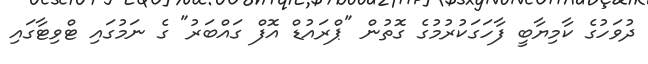
ދުވަހުގެ ކާމިޔާބީ ފާހަގަކުރުމުގެ ގޮތުން "ޕްރައުޑް އޮފް ގައްބަރު" ގެ ނަމުގައި ޓްވިޓާގައި